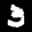
Label: 3